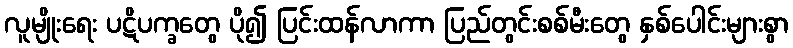
လူမျိုးရေး ပဋိပက္ခတွေ ပို၍ ပြင်းထန်လာကာ ပြည်တွင်းစစ်မီးတွေ နှစ်ပေါင်းများစွာ